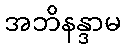
အဘိနန္ဒာမ